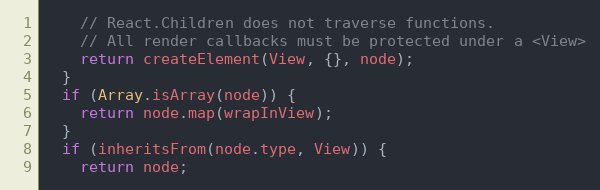
Language: JavaScript
    // React.Children does not traverse functions.
    // All render callbacks must be protected under a <View>
    return createElement(View, {}, node);
  }
  if (Array.isArray(node)) {
    return node.map(wrapInView);
  }
  if (inheritsFrom(node.type, View)) {
    return node;